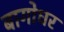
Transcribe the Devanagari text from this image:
बागोधर